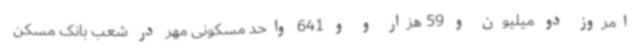
امروز دو میلیون و 59 هزار و و 641 واحد مسکونی مهر در شعب بانک مسکن